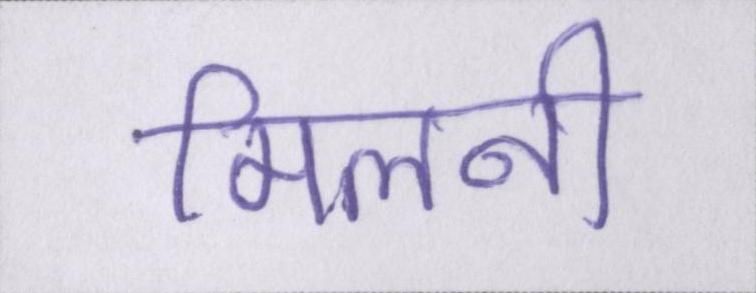
मिलनी